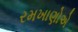
રમખાણોએ